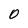
Character: 0